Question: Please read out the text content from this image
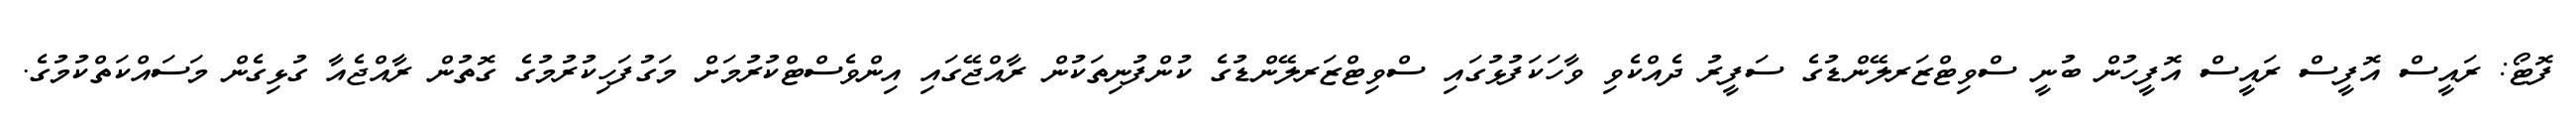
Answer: ފޮޓޯ: ރައީސް އޮފީސް ރައީސް އޮފީހުން ބުނީ ސްވިޓްޒަރލޭންޑުގެ ސަފީރު ދެއްކެވި ވާހަކަފުޅުގައި ސްވިޓްޒަރލޭންޑުގެ ކުންފުނިތަކުން ރާއްޖޭގައި އިންވެސްޓްކުރުމަށް މަގުފަހިކުރުމުގެ ގޮތުން ރާއްޖެއާ ގުޅިގެން މަސައްކަތްކުމުގެ.